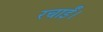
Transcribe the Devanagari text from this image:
रचाईं।